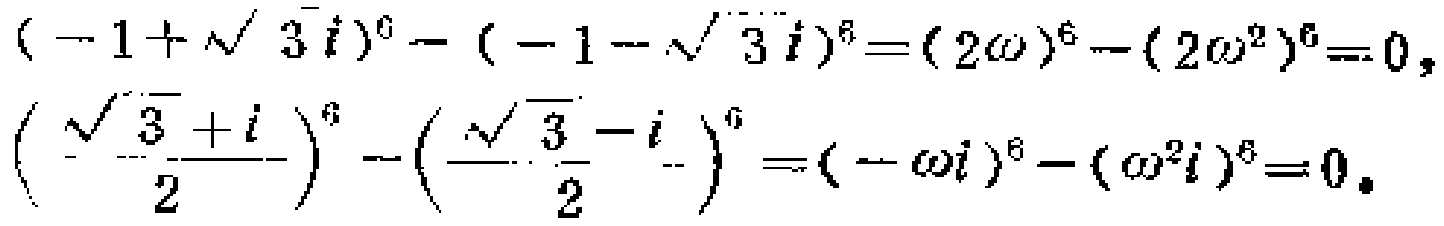
\(( - 1 + \sqrt{3}i)^{6}-( - 1 - \sqrt{3}i)^{6}=(2\omega)^{6}-(2\omega^{2})^{6}=0,\)
\(\left(\frac{\sqrt{3}+i}{2}\right)^{6}-\left(\frac{\sqrt{3}-i}{2}\right)^{6}=(-\omega i)^{6}-(\omega^{2}i)^{6}=0.\)